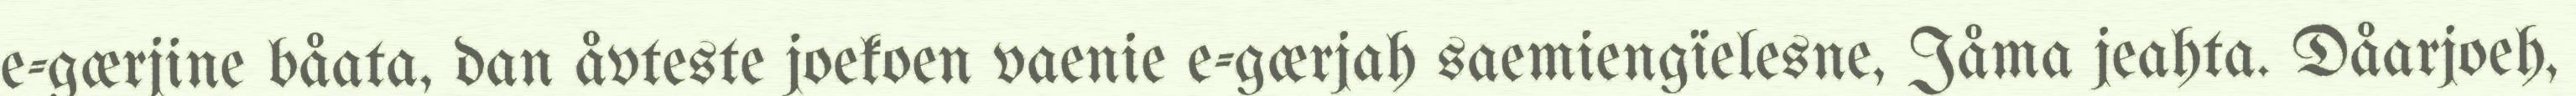
e-gærjine båata, dan åvteste joekoen vaenie e-gærjah saemiengïelesne, Jåma jeahta. Dåarjoeh,